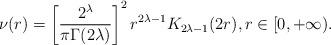
LaTeX: \begin{align*}\nu(r) = \left[\frac{2^{\lambda}}{\pi\Gamma(2\lambda)}\right]^{2} r^{2\lambda-1} K_{2\lambda-1}(2 r),r\in[0,+\infty).\end{align*}